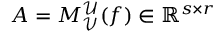
A = M _ { \mathcal { V } } ^ { \mathcal { U } } ( f ) \in \mathbb { R } ^ { s \times r }